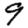
Digit: 9